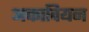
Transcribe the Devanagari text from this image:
अक्तावियन